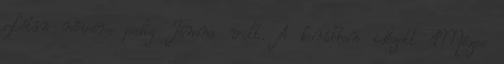
Lótán nővére pedig Támna volt. A korábban idézett 1Mózes